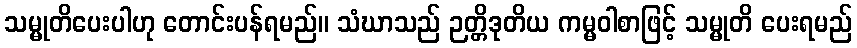
သမ္မုတိပေးပါဟု တောင်းပန်ရမည်။ သံဃာသည် ဉတ္တိဒုတိယ ကမ္မဝါစာဖြင့် သမ္မုတိ ပေးရမည်